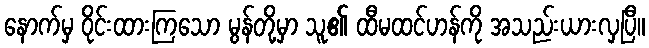
နောက်မှ ဝိုင်းထားကြသော မွန်တို့မှာ သူ၏ ထီမထင်ဟန်ကို အသည်းယားလှပြီ။